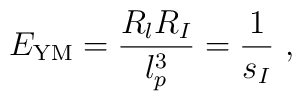
E_{\rm YM}  = \frac{R_l R_I}{l_p^3} = \frac{1}{s_I} \ ,